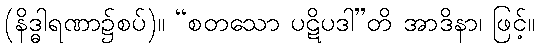
(နိဒ္ဓါရဏာ၌စပ်)။ “စတသော ပဋိပဒါ”တိ အာဒိနာ၊ ဖြင့်။